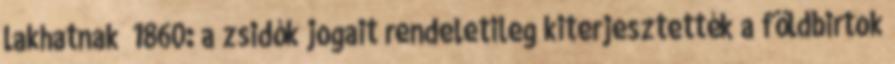
lakhatnak” 1860: a zsidók jogait rendeletileg kiterjesztették a földbirtok